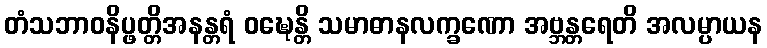
တံသဘာဝနိပ္ဖတ္တိအနန္တရံ ဝဍ္ဎေန္တိ သမာဓာနလက္ခဏော အဗ္ဘန္တရေတိ အလမ္ပာယန